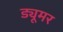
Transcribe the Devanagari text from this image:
ड्यूमर